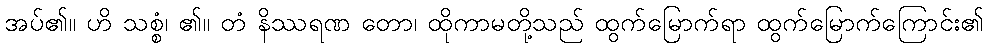
အပ်၏။ ဟိ သစ္စံ၊ ၏။ တံ နိဿရဏ တော၊ ထိုကာမတို့သည် ထွက်မြောက်ရာ ထွက်မြောက်ကြောင်း၏